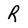
Character: R